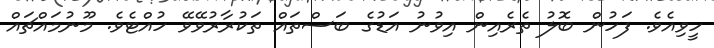
ހީވިއެވެ. ފަހުން ބޮލު ތެރެއިން އިވުނު އަޑުގެ ބަސްތައް ތަކުރާރުވޭވޭ ހުއްޓެވެ. މޫނުމައްޗައް